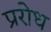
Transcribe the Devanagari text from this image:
प्ररोध